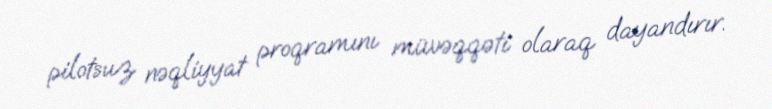
pilotsuz nəqliyyat proqramını müvəqqəti olaraq dayandırır.